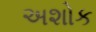
અશોક